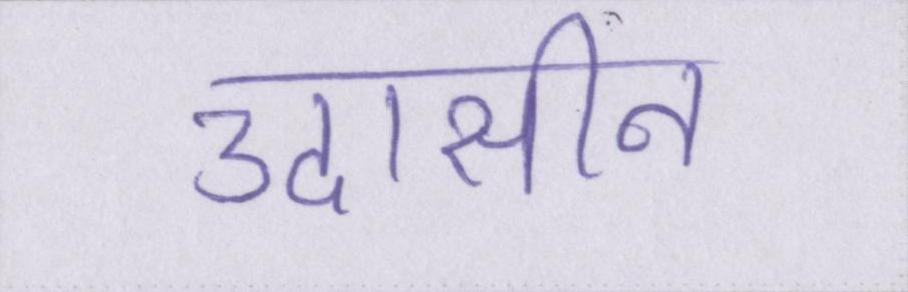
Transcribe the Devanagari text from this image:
उदासीन